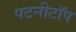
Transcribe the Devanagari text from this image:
पटनीटॉप